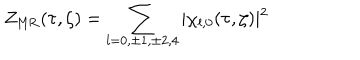
Z _ { \mathrm { M R } } ( \tau , \zeta ) = \sum _ { l = 0 , \pm 1 , \pm 2 , 4 } \vert \chi _ { l , 0 } ( \tau , \zeta ) \vert ^ { 2 }